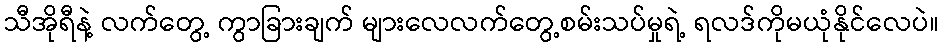
သီအိုရီနဲ့ လက်တွေ့ ကွာခြားချက် များလေလက်တွေ့စမ်းသပ်မှုရဲ့ ရလဒ်ကိုမယုံနိုင်လေပဲ။